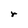
Character: r